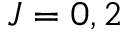
J = 0 , 2